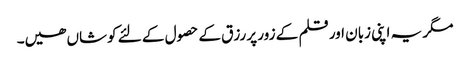
مگر یہ اپنی زبان اور قلم کے زور پر رزق کے حصول کے لئے کوشاں ھیں۔